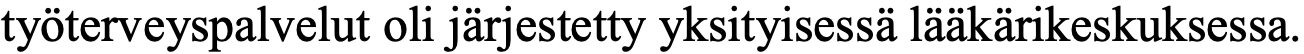
työterveyspalvelut oli järjestetty yksityisessä lääkärikeskuksessa.